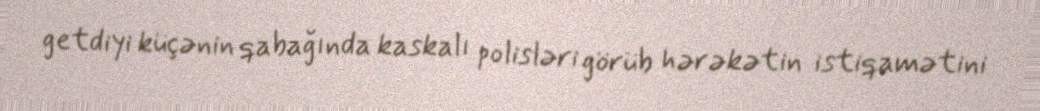
getdiyi küçənin qabağında kaskalı polisləri görüb hərəkətin istiqamətini